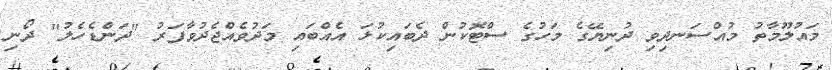
މައުލޫމާތު މުއްސަނދިވި ދުނިޔޭގެ މަހުގެ ސްޓޮކުން ދެބައިކުޅަ އެއްބައި މަދުވެއްޖެދުވާފަރު "ދަންޑެހެލު" ދޯނި